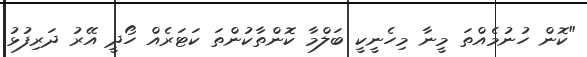
"ކޮން ހުނުމެއްތަ މީނާ މިހެނީކީ ބަލްމާ ކޮންތާކުންތަ ކަޓަރެއް ހޯދީ އޭރު ދަރިފުޅު